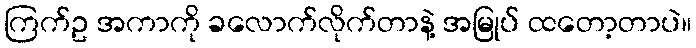
ကြက်ဥ အကာကို ခလောက်လိုက်တာနဲ့ အမြုပ် ထတော့တာပဲ။